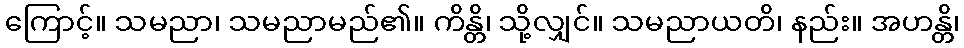
ကြောင့်။ သမညာ၊ သမညာမည်၏။ ကိန္တိ၊ သို့လျှင်။ သမညာယတိ၊ နည်း။ အဟန္တိ၊